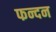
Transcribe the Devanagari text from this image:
फन्दन